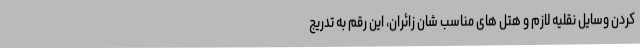
کردن وسایل نقلیه لازم و هتل های مناسب شان زائران، این رقم به تدریج